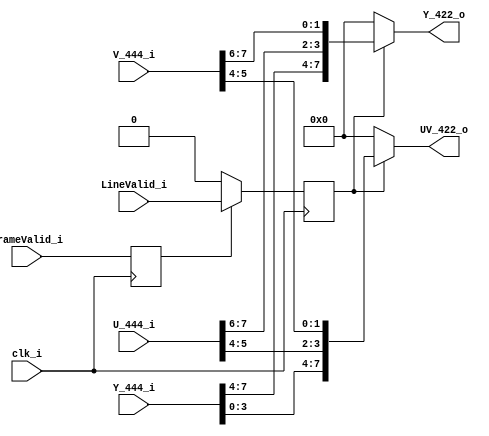
module code2code
(
	input		wire			clk_i			,
	input		wire			FrameValid_i	,
	input		wire			LineValid_i		,
	input		wire	[7:0]	Y_444_i			,
	input		wire	[7:0]	U_444_i			,
	input		wire	[7:0]	V_444_i			,
	
	output		wire	[7:0]	Y_422_o			,
	output		wire	[7:0]	UV_422_o
);

	reg		FrameValid	;
	reg		LineValid	;
	always@(posedge clk_i)
		begin
			FrameValid <= FrameValid_i;
		end
		
	always@(posedge clk_i)
		begin
			if(FrameValid==1'b1)
				LineValid <= LineValid_i;
			else
				LineValid <= 1'b0;
		end
	
	
	assign Y_422_o = (LineValid==1'b1)?{Y_444_i[7:4],U_444_i[7:6],V_444_i[7:6]}:8'b0;
	assign UV_422_o = (LineValid==1'b1)?{Y_444_i[3:0],U_444_i[5:4],V_444_i[5:4]}:8'b0;

endmodule